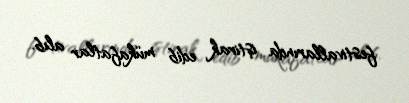
festivallarında iştirak edib mükafatlar alıb.